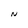
Character: N